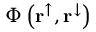
\Phi \left( { { \mathbf { r } } _ { } ^ { \uparrow } , { \mathbf { r } } _ { } ^ { \downarrow } } \right)